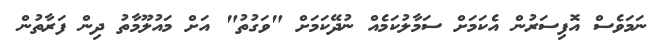
ނަމަވެސް އޮފިސަރުން އެކަމަށް ސަމާލުކަމެއް ނުދޭކަމަށް "ވަގުތު" އަށް މައުލޫމާތު ދިން ފަރާތުން